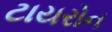
ટાયરોન